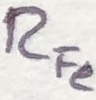
Text: RFe